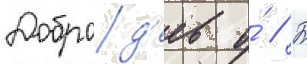
Доброд'еев о́ // Б